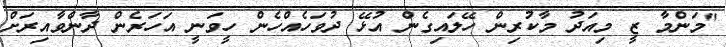
"މަންމާ ޒީ މިއަދު މާކުރިން ހޭލައިގެން އުޅޭ ދުވަހެއްހެން ހީވަނީ އަހަރެން ދާންވާއިރަށް